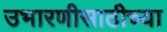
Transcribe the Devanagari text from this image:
उभारणीसाठीच्या